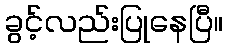
ခွင့်လည်းပြုနေပြီ။